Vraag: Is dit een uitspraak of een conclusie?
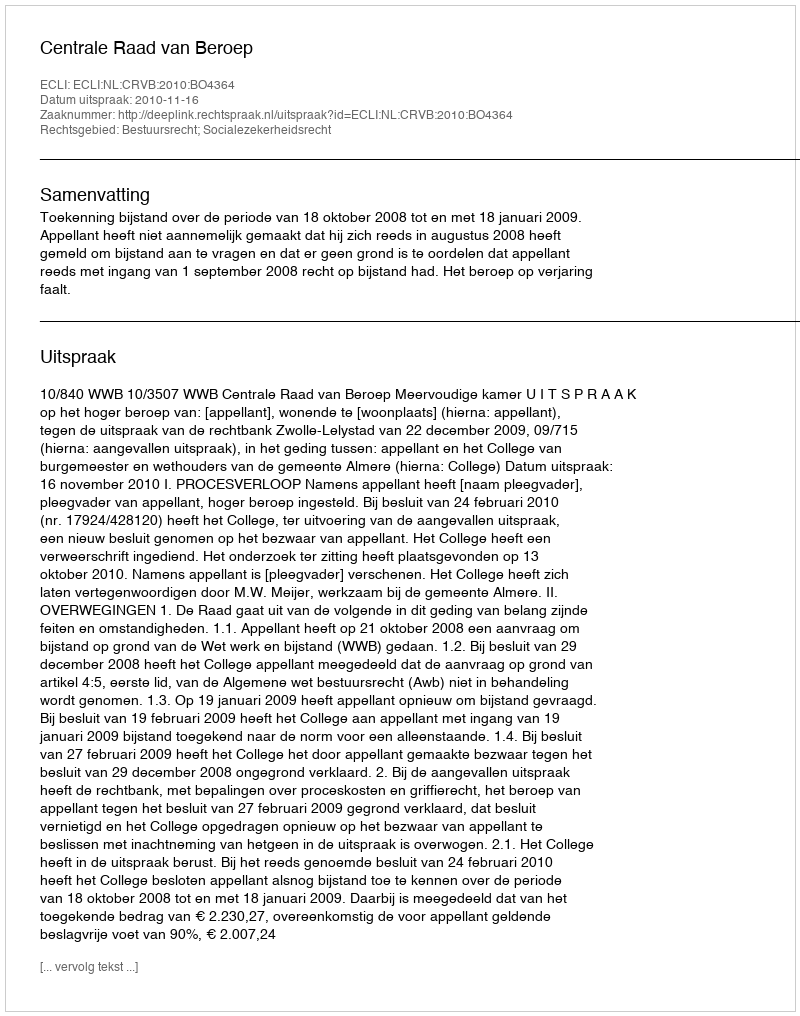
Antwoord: Uitspraak